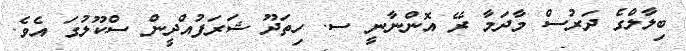
ބިލާލްގެ ދަރުސް މާދަމާ ރޭ އޮންނާނީ ސ. ހިތަދޫ ޝަރަފުއްދީން ސްކޫލުގަ އެވެ.